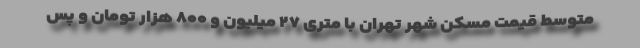
متوسط قیمت مسکن شهر تهران با متری ۲۷ میلیون و ۸۰۰ هزار تومان و پس